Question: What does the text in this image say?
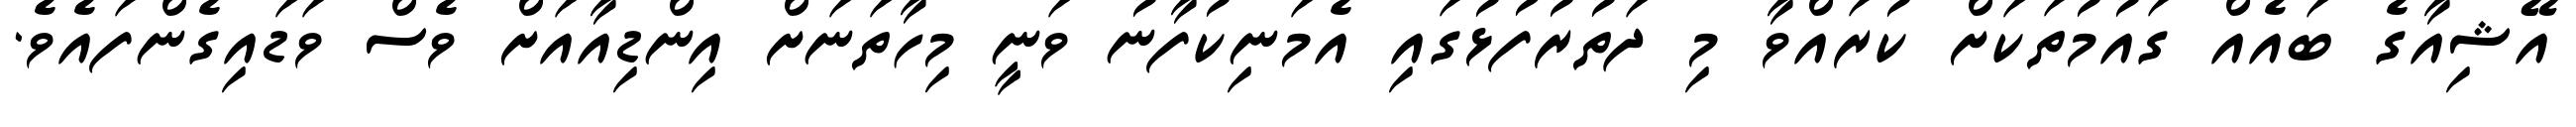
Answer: އޭޝިއާގެ ބައެއް ގައުމުތަކަށް ކުރައްވާ މި ދަތުރުފުޅުގައި އެމަނިކުފާނު ވަނީ މިހާތަނަށް އިންޑިއާއަށް ވެސް ވަޑައިގެންފައެވެ.